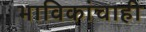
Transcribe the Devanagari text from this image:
भाविकांचाही